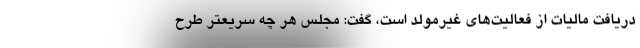
دریافت مالیات از فعالیت‌های غیرمولد است، گفت: مجلس هر چه سریعتر طرح